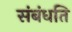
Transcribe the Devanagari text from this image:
संबंधति